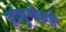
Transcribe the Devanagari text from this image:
हांबुर्गकडे